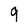
Character: 9